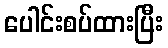
ပေါင်းစပ်ထားပြီး